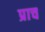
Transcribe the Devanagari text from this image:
प्राच